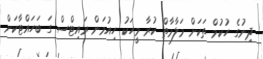
ދިނުގެ ހުކުމް ތަކަށް މަލާމާތް ކުރާ މީހަކު ހިއުމަން ރައިޓްސް ގަ ބަހައްޓާކަށް